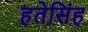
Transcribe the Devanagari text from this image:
हतेसिंह